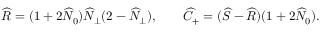
\widehat { \cal R } = ( 1 + 2 \widehat { \cal N } _ { 0 } ) \widehat { \cal N } _ { \perp } ( 2 - \widehat { \cal N } _ { \perp } ) , \qquad \widehat { \cal C } _ { + } = ( \widehat { \cal S } - \widehat { \cal R } ) ( 1 + 2 \widehat { \cal N } _ { 0 } ) .